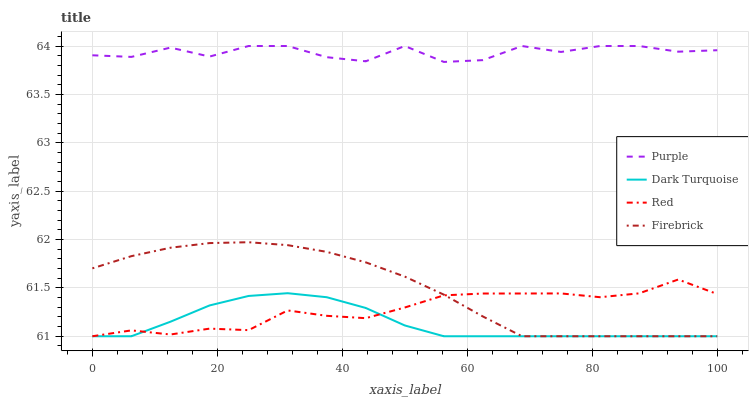
| xaxis_label | Purple | Dark Turquoise | Red | Firebrick |
 | --- | --- | --- | --- | --- |
 | 0 | 63.9 | 61 | 61 | 61.7 |
 | 6.25 | 63.9 | 61 | 61.1 | 61.8 |
 | 12.5 | 64 | 61.2 | 61 | 61.9 |
 | 18.8 | 63.9 | 61.3 | 61.1 | 62 |
 | 25 | 64 | 61.4 | 61.1 | 62 |
 | 31.2 | 64 | 61.4 | 61.3 | 61.9 |
 | 37.5 | 63.9 | 61.4 | 61.2 | 61.9 |
 | 43.8 | 63.8 | 61.3 | 61.2 | 61.8 |
 | 50 | 64 | 61.1 | 61.3 | 61.6 |
 | 56.2 | 63.8 | 61 | 61.4 | 61.4 |
 | 62.5 | 63.9 | 61 | 61.4 | 61.2 |
 | 68.8 | 64 | 61 | 61.4 | 61 |
 | 75 | 63.9 | 61 | 61.4 | 61 |
 | 81.2 | 64 | 61 | 61.4 | 61 |
 | 87.5 | 64 | 61 | 61.4 | 61 |
 | 93.8 | 63.9 | 61 | 61.6 | 61 |
 | 100 | 64 | 61 | 61.4 | 61 |